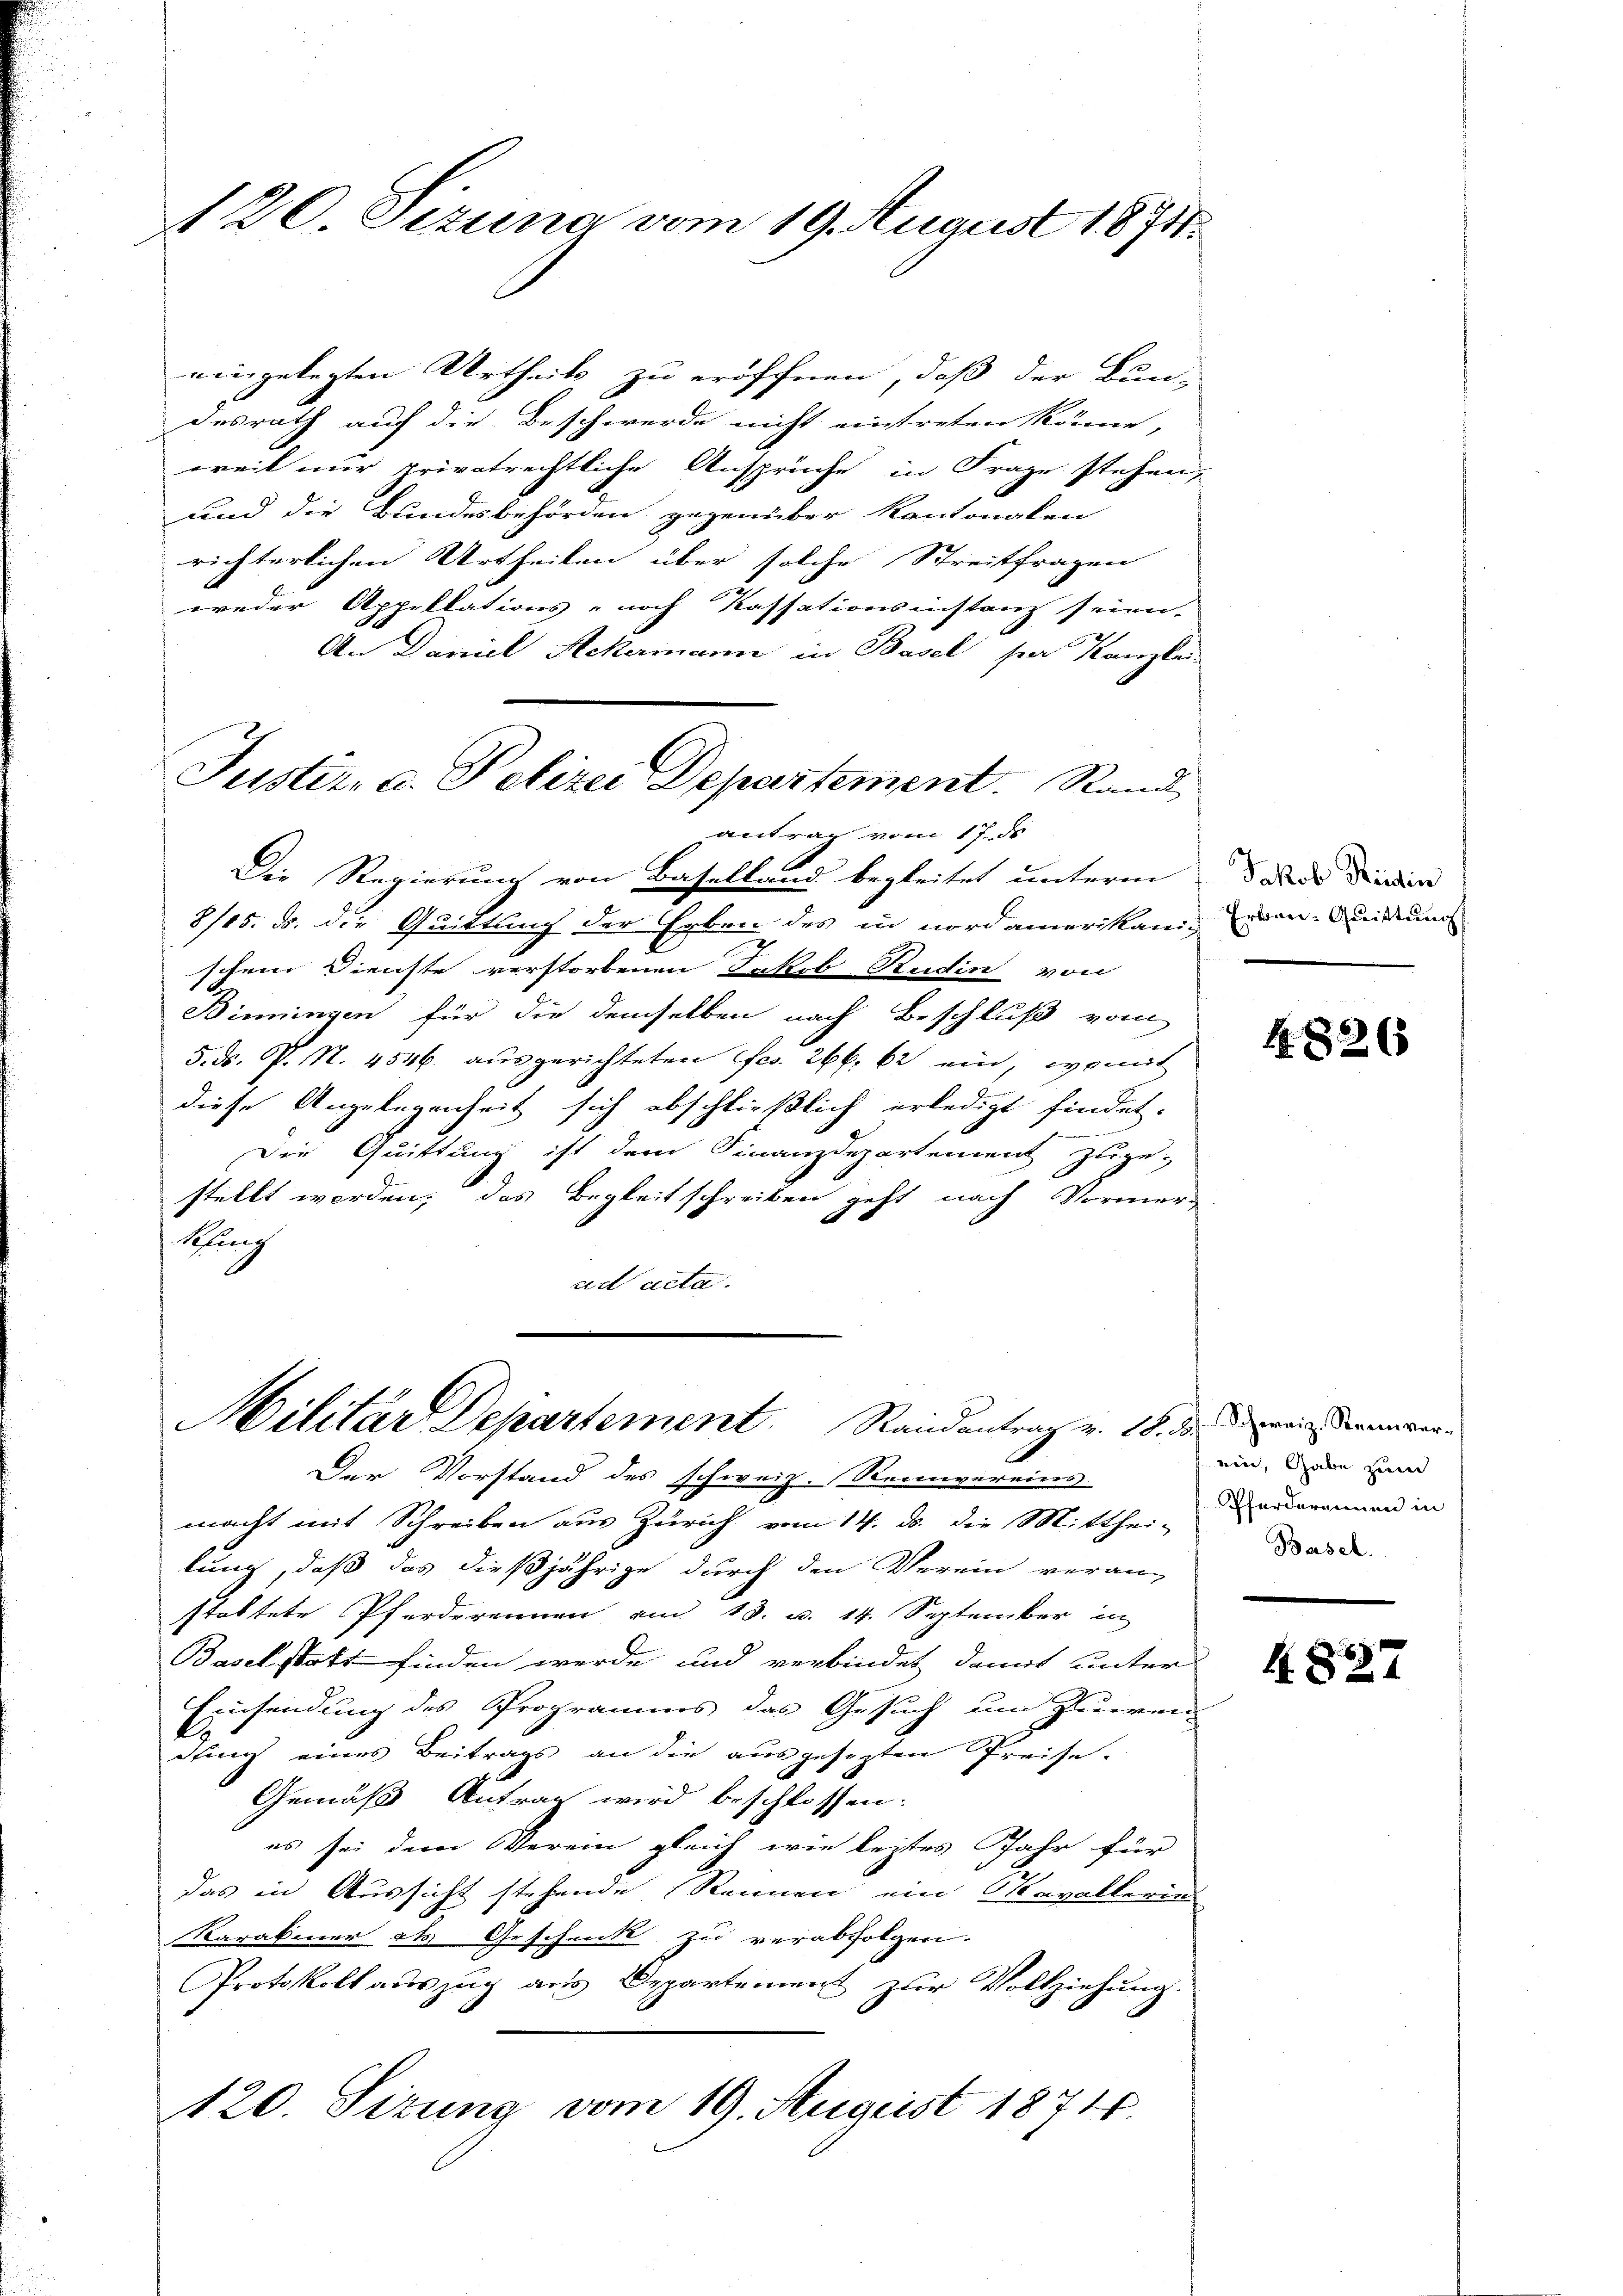
120. Sezung vom 19. August 1871.

eingelegten Urtheils zu eröffnen, daß der Bun-
desrath auch die Beschwerde nicht eintreten könne,
weil nur privatrechtliche Ansprüche in Frage stehen,
und die Bundesbehörden gegenüber kantonalen
richterlichen Urtheilen über solche Streitfragen
weder Appellations- noch Kassationsinstanz seien,
2
An Daniel Ackermann in Basel per Kanzlei
antrag vom 17. ds
Die Regierung von Baselland begleitet unterm
8/15. ds. die Quittlung der Erben des in nordamerikanigeren Quitung
schen Dienste verstorbenen Jakob Rudin von
Binningen für die demselben nach Beschluß vom
5. d. P. Nr. 4546. ausgerichteten Fco. 266. 62 ein, womit
diese Angelegenheit sich abschließlich erledigt findet.
Die Quittung ist dem Finanzdepartement zuge-
stellt werden; das Begleitschreiben geht nach Vormer¬
Epfung
ad acta.

Justiz- u. Polizei Departement. Rand

Militar Departement. Randantrag v. 18. d. die Bemer¬

Der Vorstand des schweiz. Reinvereins
macht mit Schreiben aus Zürich vom 14. ds. die Mitthei-
lung, daß das dießjährige durch den Verein veran-
staltete Pferderennen am 13. u. 14. September in
Baselstatt finden werde und verbindet damit unter
Einsendung des Programms das Gesuch um Zuwen-
dtung eines Beitrags an die ausgesezten Preise.
Gemäß Antrag wird beschlossen:
es sei dem Verein gleich wie leztes Jahr für
das in Aussicht stehende Rennen ein Cavallerin
Karabiner als Geschenkt zu verabfolgen.
Protokoll auszug aus Departement zur Vollziehung.
120. Sizung vom 19. August 1874.

Jakob Reidin

1826

ein, Gabe zum
Pferdereneien in
Basel.

4827